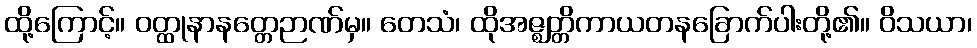
ထို့ကြောင့်။ ဝတ္ထုနာနတ္တေဉာဏ်မှ။ တေသံ၊ ထိုအဇ္ဈတ္တိကာယတနခြောက်ပါးတို့၏။ ဝိသယာ၊